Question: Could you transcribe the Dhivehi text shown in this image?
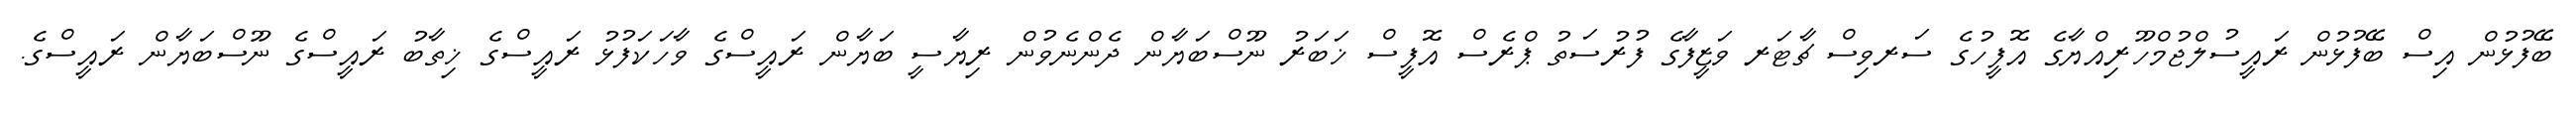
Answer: ބޭފުޅުން އިސް ބޭފުޅުން ރައީސުލްޖުމްހޫރިއްޔާގެ އޮފީހުގެ ސަރވިސް ޗާޓަރ ވަޒީފާގެ ފުރުސަތު ޕްރެސް އޮފީސް ޚަބަރު ނޫސްބަޔާން ދެންނެވުން ރިޔާސީ ބަޔާން ރައީސްގެ ވާހަކަފުޅު ރައީސްގެ ޚިތާބު ރައީސްގެ ނޫސްބަޔާން ރައީސްގެ.